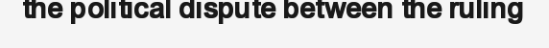
the political dispute between the ruling